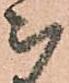
被